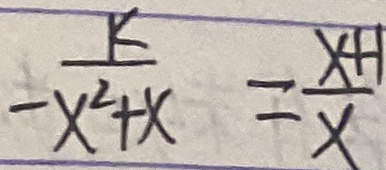
- \frac { k } { x ^ { 2 } + x } = \frac { x + 1 } { x }